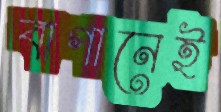
বাগানেই